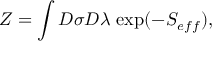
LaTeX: Z = \int { \cal D } \sigma { \cal D } \lambda \, \exp ( - S _ { e f f } ) ,